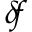
\delta \! f